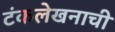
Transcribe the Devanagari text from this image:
टंकलेखनाची